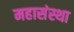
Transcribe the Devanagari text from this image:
महासंस्था